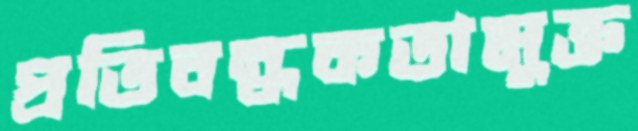
প্রতিবন্ধকতামুক্ত